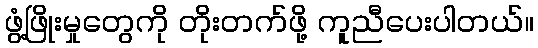
ဖွံ့ဖြိုးမှုတွေကို တိုးတက်ဖို့ ကူညီပေးပါတယ်။